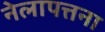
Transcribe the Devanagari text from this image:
नेलापत्तना